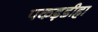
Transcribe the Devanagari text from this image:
पकड़डीहा